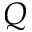
Q